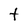
Character: t